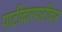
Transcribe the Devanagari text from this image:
पाटीदारपाटीदार